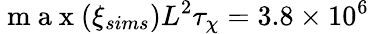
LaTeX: \mathrm{~m~a~x~}(\xi_{sims})L^{2}\tau_{\chi}=3.8\times 10^{6}